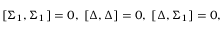
\lbrack \Sigma _ { 1 } , \Sigma _ { 1 } ] = 0 , \; [ \Delta , \Delta ] = 0 , \; [ \Delta , \Sigma _ { 1 } ] = 0 ,